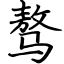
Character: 骜